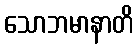
သောဘမာနာတိ